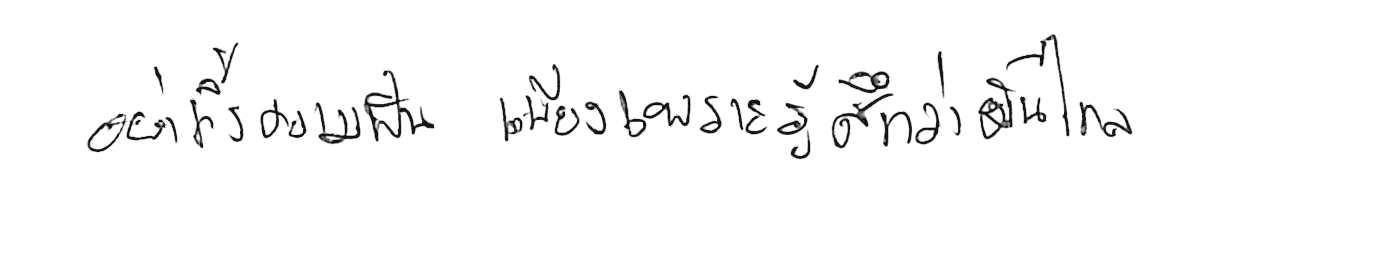
อย่าทิ้งความฝัน เพียงเพราะรู้สึกว่ามันไกล